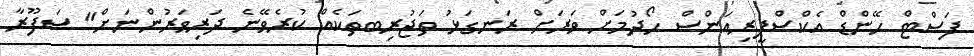
ފަސްޓް ހޭންޑް އެކްސްޕީރިއަންސް ހޯދުމަށް ވަރަށް ރަނގަޅު ތަޖުރިބތަކެއް ކުރެވޭނެ ދަރިވަރުންނަށް" ސަފޫރާ